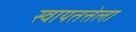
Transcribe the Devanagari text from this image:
स्वायतत्तेला